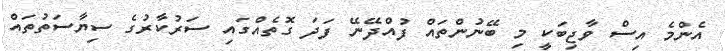
އެންމެ އިސް ވާޖިބަކީ މި ބޭނުންތައް ފުއްދޭނޭ ފަދަ ގޮތެއްގައި ސަރުކާރުގެ ސިޔާސަތުތައް